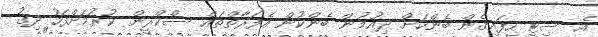
އެ ސިޓީ ހިފައިގެން ބެންކަށް ދިއުމުން ބެންކުން އެފަރާތްތައް ސްކްރީން ކުރުމަށްފަހު ދިގު